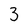
Character: 3